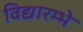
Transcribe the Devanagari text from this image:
विद्यारम्भे